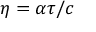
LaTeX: \eta = \alpha \tau / c